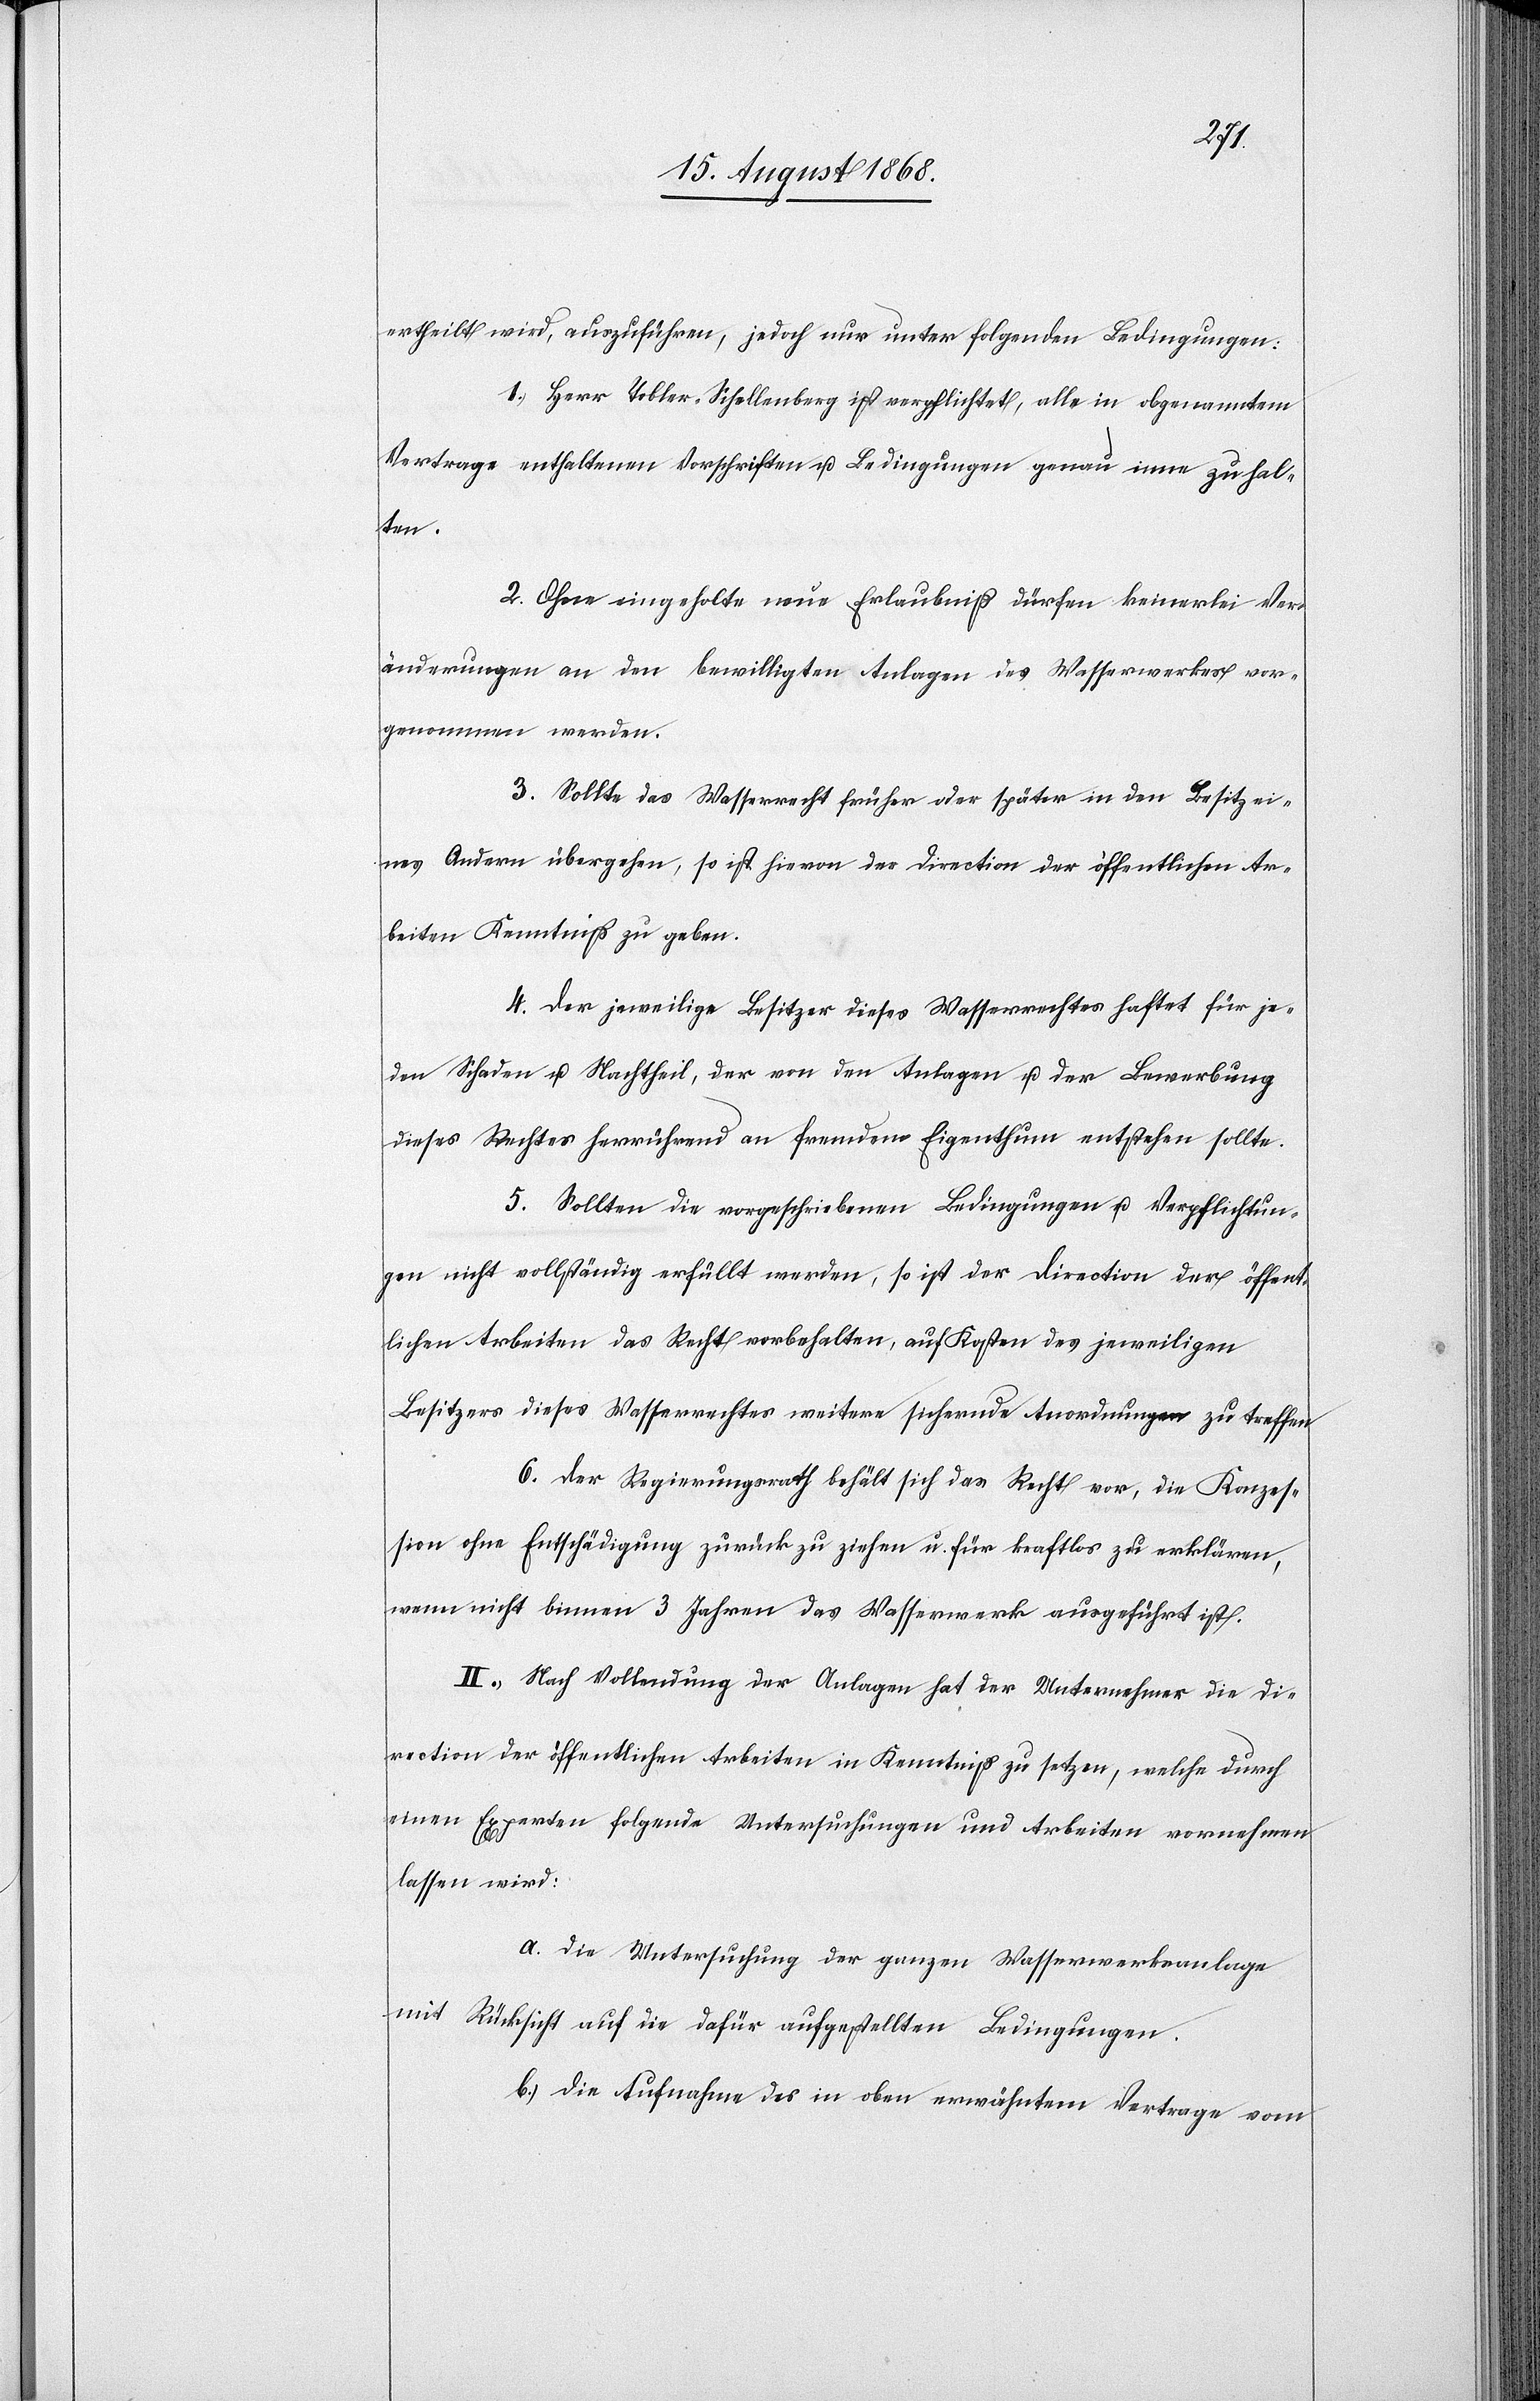
ertheilt wird, auszuführen, jedoch nur unter folgenden Bedingungen:
1. Herr Tobler-Schellenberg ist verpflichtet, alle in obgenanntem
Vertrage enthaltenen Vorschriften u. Bedingungen genau inne zu hal¬
ten.
2. Ohne eingeholte neue Erlaubniß dürfen keinerlei Ver¬
änderungen an den bewilligten Anlagen des Wasserwerkes vor¬
genommen werden.
3. Sollte das Wasserrecht früher oder später in den Besitz ei¬
nes Andern übergehen, so ist hievon der Direction der öffentlichen Ar¬
beiten Kenntniß zu geben.
4. Der jeweilige Besitzer dieses Wasserrechtes haftet für je¬
den Schaden u. Nachtheil, der von den Anlagen u. der Bewerbung
dieses Rechtes herrührend an fremdem Eigenthum entstehen sollte.
5. Sollten die vorgeschriebenen Bedingungen u. Verpflichtun¬
gen nicht vollständig erfüllt werden, so ist der Direction der öffent¬
lichen Arbeiten das Recht vorbehalten, auf Kosten des jeweiligen
Besitzers dieses Wasserrechtes weitere sichernde Anordnungen zu treffen.
6. Der Regierungsrath behält sich das Recht vor, die Konzes¬
sion ohne Entschädigung zurück zu ziehen u. für kraftlos zu erklären,
wenn nicht binnen 3 Jahren das Wasserwerk ausgeführt ist.
II.) Nach Vollendung der Anlagen hat der Unternehmer die Di¬
rection der öffentlichen Arbeiten in Kenntniß zu setzen, welche durch
einen Experten folgende Untersuchungen und Arbeiten vornehmen
lassen wird:
a. Die Untersuchung der ganzen Wasserwerksanlage
mit Rücksicht auf die dafür aufgestellten Bedingungen.
b. Die Aufnahme des in oben erwähntem Vertrage vom